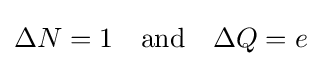
\Delta N=1\quad {\text{and}}\quad \Delta Q=e